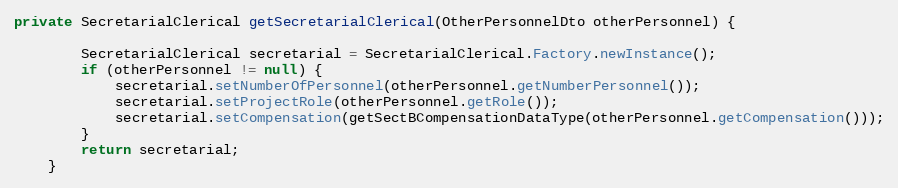
Language: Java
private SecretarialClerical getSecretarialClerical(OtherPersonnelDto otherPersonnel) {

        SecretarialClerical secretarial = SecretarialClerical.Factory.newInstance();
        if (otherPersonnel != null) {
            secretarial.setNumberOfPersonnel(otherPersonnel.getNumberPersonnel());
            secretarial.setProjectRole(otherPersonnel.getRole());
            secretarial.setCompensation(getSectBCompensationDataType(otherPersonnel.getCompensation()));
        }
        return secretarial;
    }